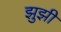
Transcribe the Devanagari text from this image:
झुझी